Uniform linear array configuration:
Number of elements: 16
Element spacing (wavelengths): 0.75
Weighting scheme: uniform
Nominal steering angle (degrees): -60
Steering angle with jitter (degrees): -59.983
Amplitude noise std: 0.05
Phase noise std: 0.05

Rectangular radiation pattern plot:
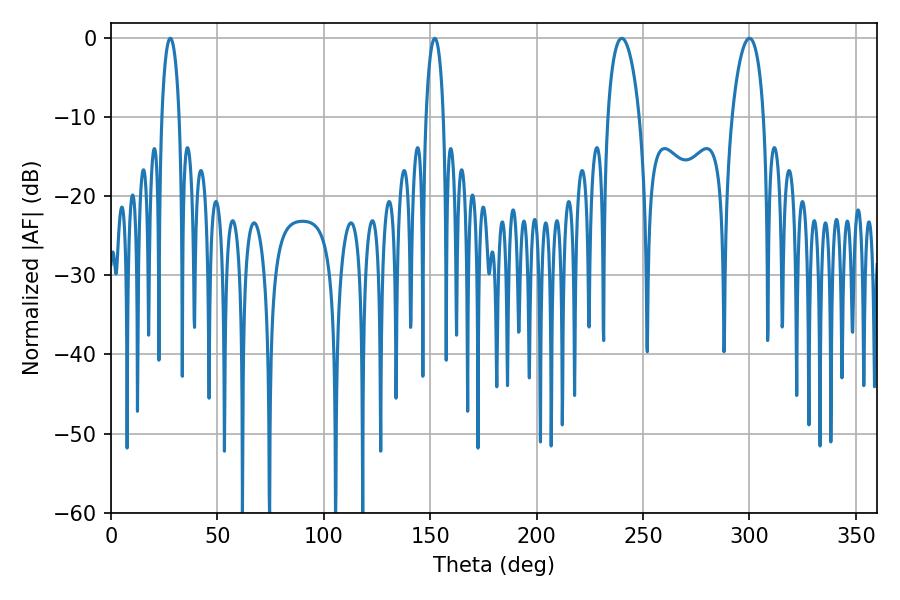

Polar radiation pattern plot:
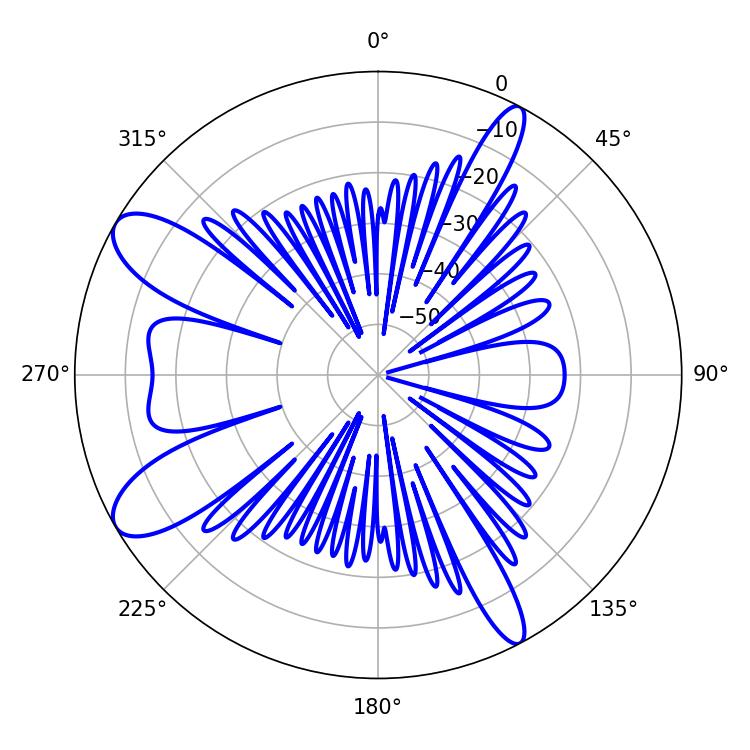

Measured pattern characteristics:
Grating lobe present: TRUE
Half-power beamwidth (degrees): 8.46
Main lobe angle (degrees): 239.94